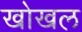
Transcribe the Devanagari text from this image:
खोखल